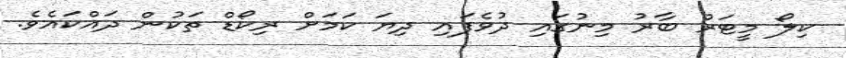
ކިލޯ މީޓަރު ބާރު މިނުގައި ދުވެފައި ދިޔަ ކަމަށް ރިކޯޑް ތަކުން ދައްކައެވެ.